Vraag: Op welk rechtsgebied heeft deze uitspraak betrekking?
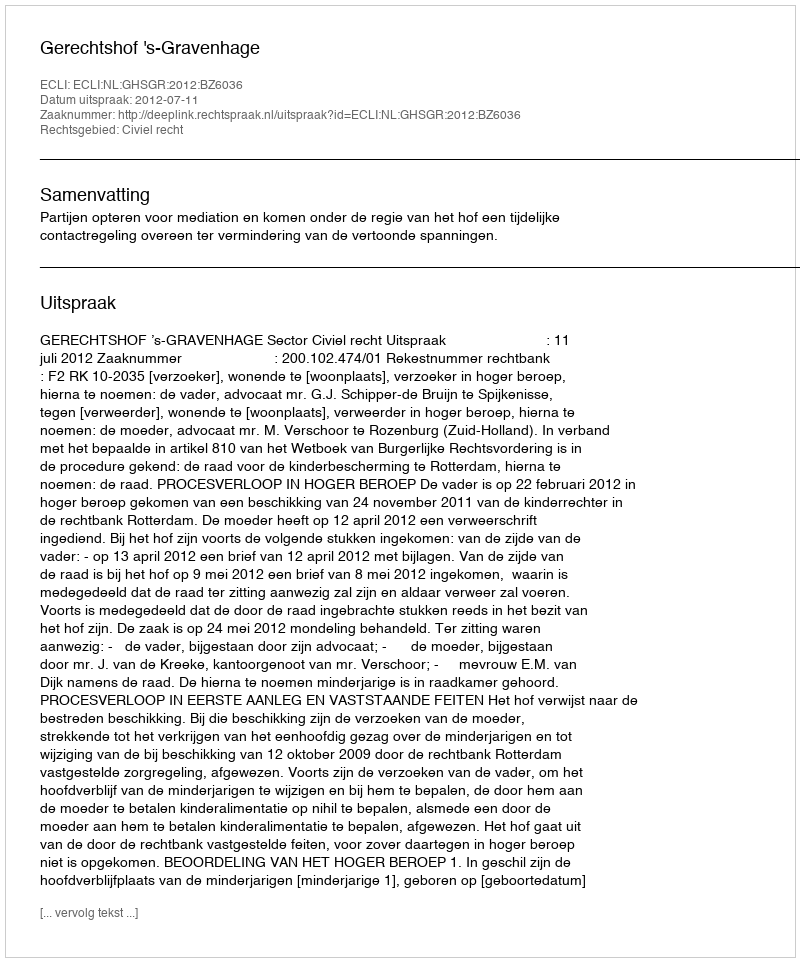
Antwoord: Civiel recht